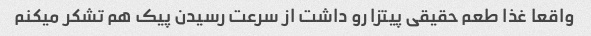
واقعا غذا طعم حقیقی پیتزا رو داشت از سرعت رسیدن پیک هم تشکر میکنم